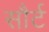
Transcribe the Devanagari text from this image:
सौर्ट